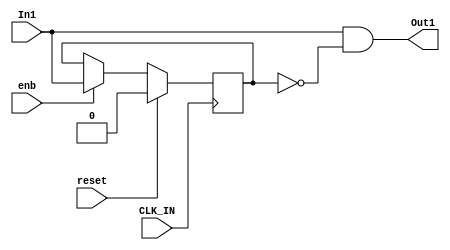
module Detect_Change_To_One
          (
           CLK_IN,
           reset,
           enb,
           In1,
           Out1
          );


  input   CLK_IN;
  input   reset;
  input   enb;
  input   In1;
  output  Out1;


  reg  Unit_Delay_out1;
  wire Unit_Delay_out1_1;
  wire In1_1;


  // <S6>/Unit Delay
  always @(posedge CLK_IN)
    begin : Unit_Delay_process
      if (reset == 1'b1) begin
        Unit_Delay_out1 <= 1'b0;
      end
      else if (enb) begin
        Unit_Delay_out1 <= In1;
      end
    end



  // <S6>/Logical Operator
  assign Unit_Delay_out1_1 =  ~ Unit_Delay_out1;



  // <S6>/Logical Operator1
  assign In1_1 = In1 & Unit_Delay_out1_1;



  assign Out1 = In1_1;

endmodule